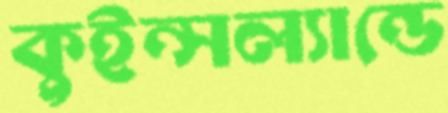
কুইন্সল্যান্ডে